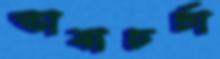
ভাষাচর্চা